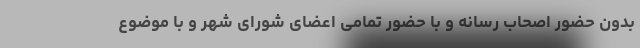
بدون حضور اصحاب رسانه و با حضور تمامی اعضای شورای شهر و با موضوع